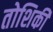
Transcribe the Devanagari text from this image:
तोशिकी